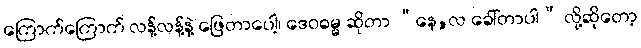
ကြောက်ကြောက် လန့်လန့်နဲ့ ဖြေတာပေါ့၊ ဒေဝဓမ္မ ဆိုတာ “နေ,လ ခေါ်တာပါ” လို့ဆိုတော့